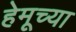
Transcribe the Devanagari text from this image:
हेमूच्या